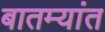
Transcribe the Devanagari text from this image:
बातम्‍यांत